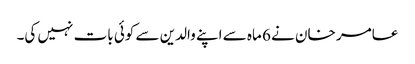
عامر خان نے 6 ماہ سے اپنے والدین سے کوئی بات نہیں کی۔